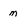
Character: m